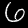
Label: 6